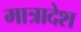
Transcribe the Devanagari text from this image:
मात्रादेश